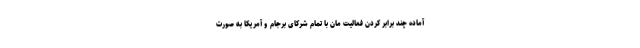
آماده چند برابر کردن فعالیت مان با تمام شرکای برجام و آمریکا به صورت